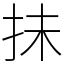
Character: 抺